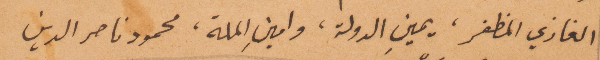
الغازي المظفر، يمين الدولة، وامين الملّة، محمود ناصر الدين